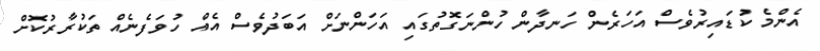
އެންމެ ކުޑައިރުވެސް އަހަރެން ހަނދާން ހުންނަގޮތުގައި އަހަންނަށް އަބަދުވެސް އެއް ހުވަފެނެއް ތަކުރާރުކޮށް